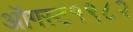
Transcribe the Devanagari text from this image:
ऑगस्ट१९८२